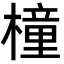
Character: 橦